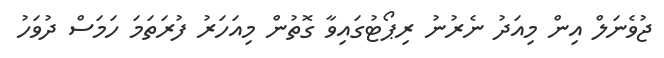
ޖުވެނަލް އިން މިއަދު ނެރުނު ރިޕޯޓުގައިވާ ގޮތުން މިއަހަރު ފުރަތަމަ ހަމަސް ދުވަހު